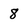
Character: 8